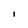
Character: I